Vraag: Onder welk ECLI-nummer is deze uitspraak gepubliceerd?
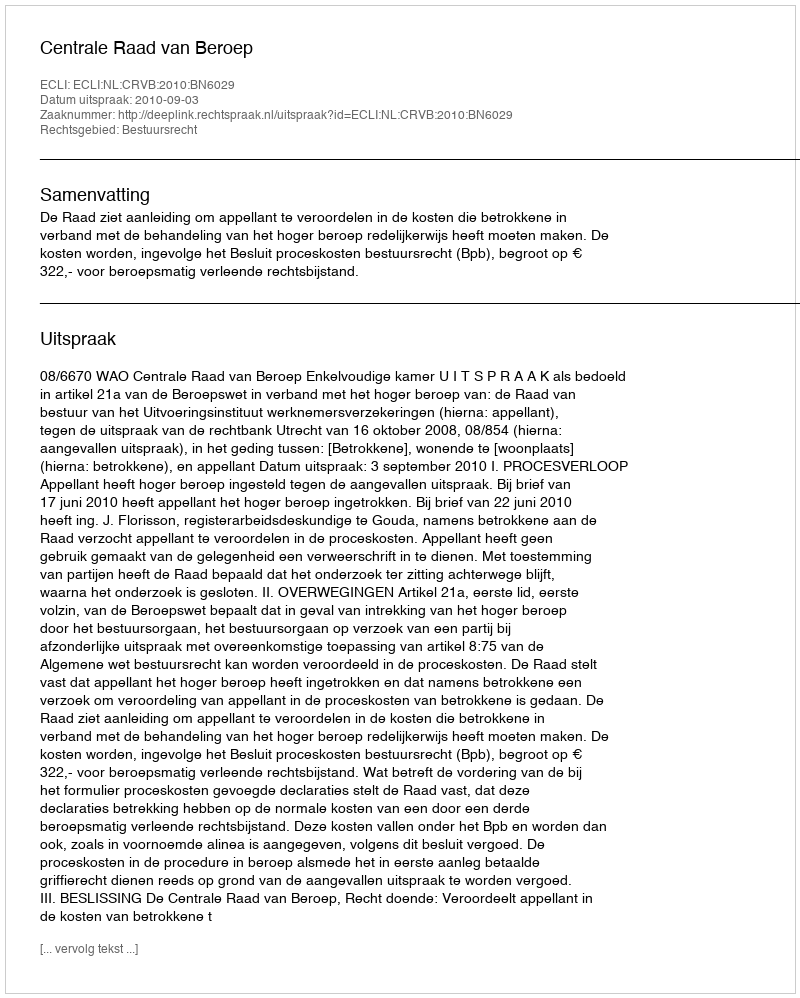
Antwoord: ECLI:NL:CRVB:2010:BN6029